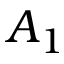
A _ { 1 }